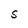
Character: S